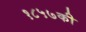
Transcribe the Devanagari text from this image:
१८५७की